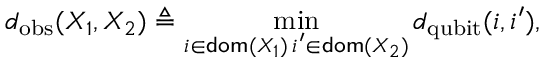
d _ { \mathrm { o b s } } ( X _ { 1 } , X _ { 2 } ) \triangleq \operatorname* { m i n } _ { \substack { i \in \mathsf { d o m } ( X _ { 1 } ) \, i ^ { \prime } \in \mathsf { d o m } ( X _ { 2 } ) } } d _ { \mathrm { q u b i t } } ( i , i ^ { \prime } ) ,